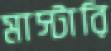
মাস্টারি